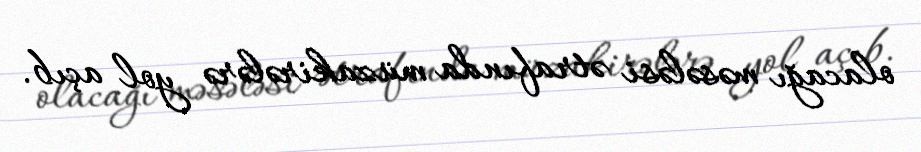
olacağı məsələsi ətrafında müzakirələrə yol açıb.